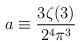
LaTeX: \begin{align*}a \equiv \frac{3 \zeta(3)}{2^4 \pi^3}\end{align*}